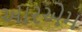
આરએમ